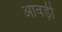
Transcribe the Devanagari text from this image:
आवड़ी